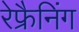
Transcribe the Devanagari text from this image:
रेफ्रैनिंग